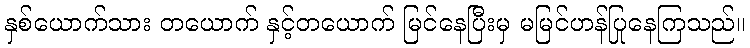
နှစ်ယောက်သား တယောက် နှင့်တယောက် မြင်နေပြီးမှ မမြင်ဟန်ပြုနေကြသည်။